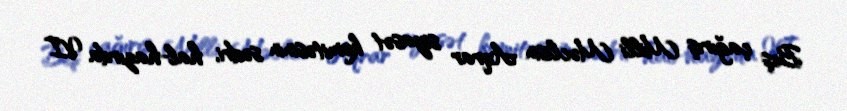
Beş çağırış Milli Məclisin Aqrar siyasət komitəsinin sədri, hal-hazırda VI